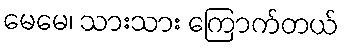
မေမေ၊ သားသား ကြောက်တယ်